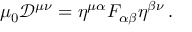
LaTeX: \mu _ { 0 } { \mathcal { D } } ^ { \mu \nu } = \eta ^ { \mu \alpha } F _ { \alpha \beta } \eta ^ { \beta \nu } \, .